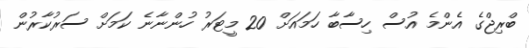
ބްރިޖްގެ އެންމެ އުސް ހިސާބާ ހަމައަށް 20 މީޓަރު ހުންނާނެ ކަމަށް ސަރުކާރުން